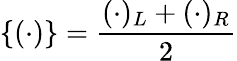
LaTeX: \{ (\cdot)\} =\frac{(\cdot)_{L}+(\cdot)_{R}}{2}